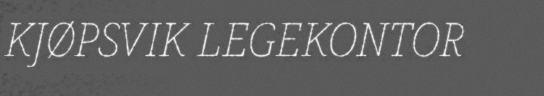
KJØPSVIK LEGEKONTOR